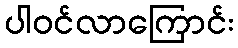
ပါဝင်လာကြောင်း